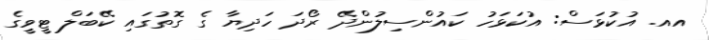
އއ. އުކުޅަސް: އުކަޅަހު ކައުންސިލުންދޭ ރޯދަ ހަދިޔާ ގެ ގޮތުގައި ކޭބަލް ޓީވީގެ